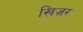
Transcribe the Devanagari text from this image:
खिज़र